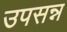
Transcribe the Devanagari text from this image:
उपसन्न